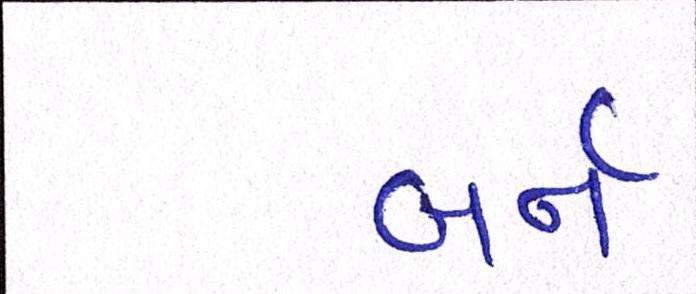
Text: બર્ન